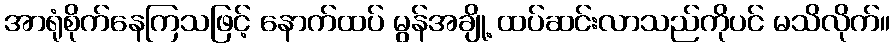
အာရုံစိုက်နေကြသဖြင့် နောက်ထပ် မွန်အချို့ ထပ်ဆင်းလာသည်ကိုပင် မသိလိုက်။